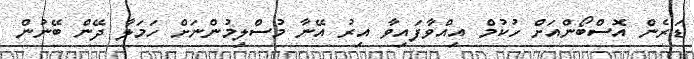
ޑަރެން އޮސްބޯންއަށް ހުކުމް އިއްވާފައިވާ އިރު އޭނާ މުސްލިމުންނަށް ހަމަލާ ދޭން ބޭނުން